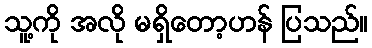
သူ့ကို အလို မရှိတော့ဟန် ပြသည်။